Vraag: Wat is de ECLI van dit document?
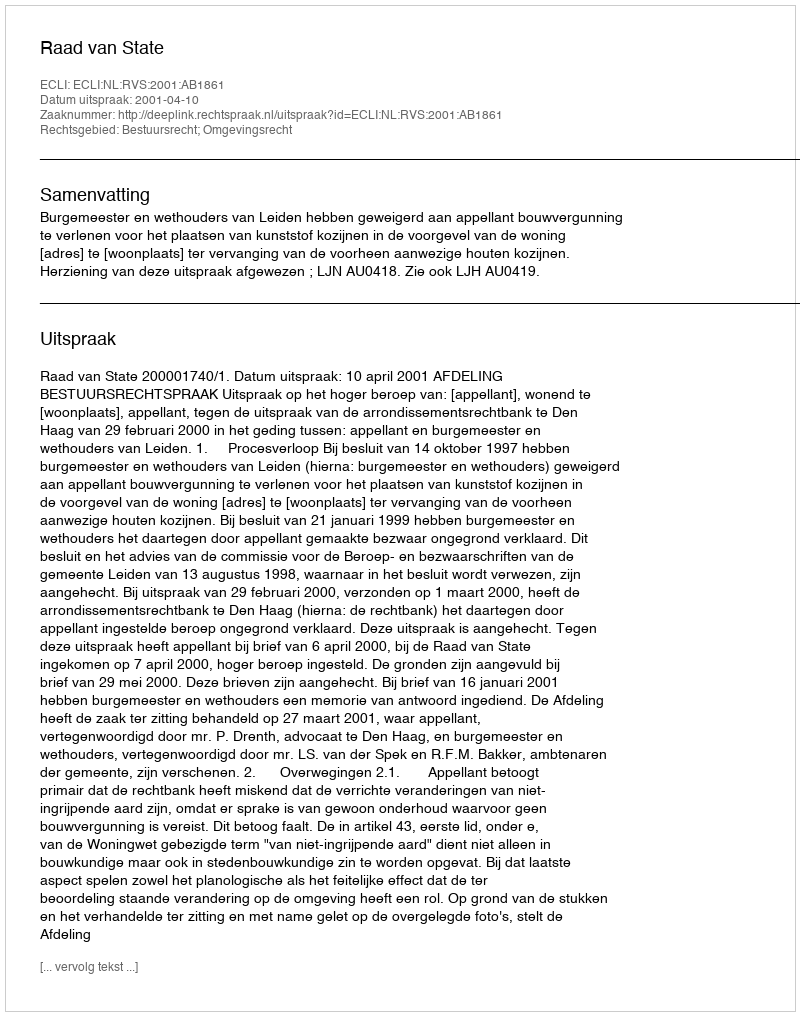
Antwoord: ECLI:NL:RVS:2001:AB1861